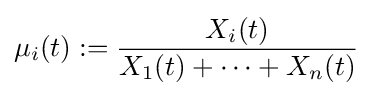
\mu _{i}(t):={\frac {X_{i}(t)}{X_{1}(t)+\cdots +X_{n}(t)}}